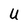
Character: U